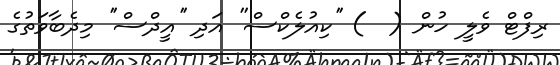
ރިފްޓް ވެލީ ހުން (  ) ''ކިއުލެކްސް'' އަދި ''އީދްސް'' މިދެބާވަތުގެ